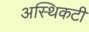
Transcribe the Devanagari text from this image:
अस्थिकटी